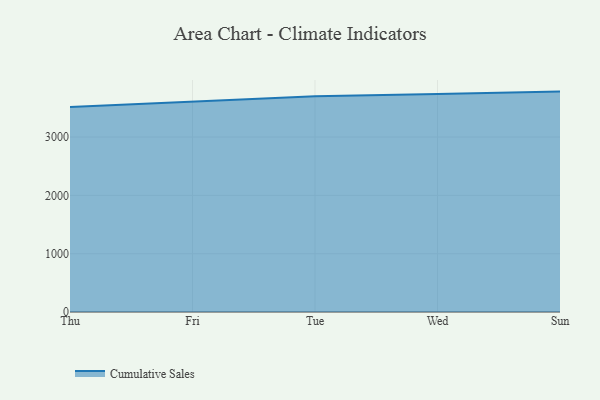
{"axis": {"x": "Day", "y": "LTV (USD)"}, "legend": ["Cumulative Sales"], "data": [{"x": "Thu", "y": 3516.8, "type": "Cumulative Sales"}, {"x": "Fri", "y": 3606.9, "type": "Cumulative Sales"}, {"x": "Tue", "y": 3698.6, "type": "Cumulative Sales"}, {"x": "Wed", "y": 3737.5, "type": "Cumulative Sales"}, {"x": "Sun", "y": 3779.7, "type": "Cumulative Sales"}]}